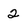
Character: 2